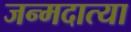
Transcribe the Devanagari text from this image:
जन्मदात्या